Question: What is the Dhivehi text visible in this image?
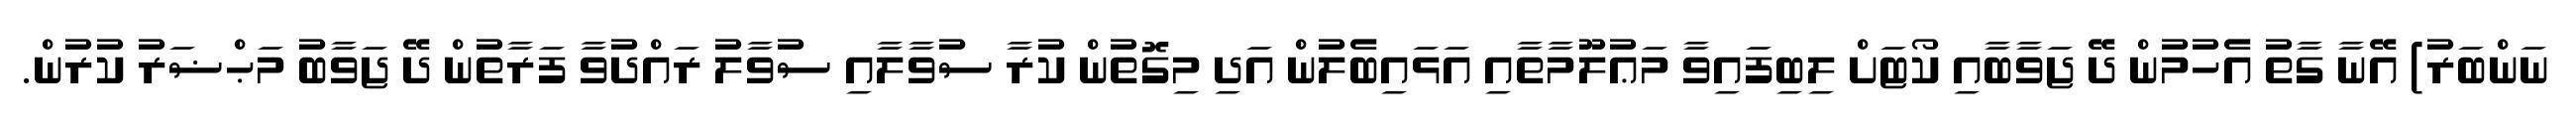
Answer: ނަންބަރު) އޭނާ ގާތު އެހުމުން ދޭ ޖަވާބާއި ކޯޓަށް ލިބިފައިވާ މަޢުލޫމާތާއި އަޅައިބެލުން އަދި މިގޮތުން ކުރާ ސުވާލާއި ސުވާލު ރައްދުވާ ފަރާތުން ދޭ ޖަވާބު މަޙްޟަރު ކުރުން.